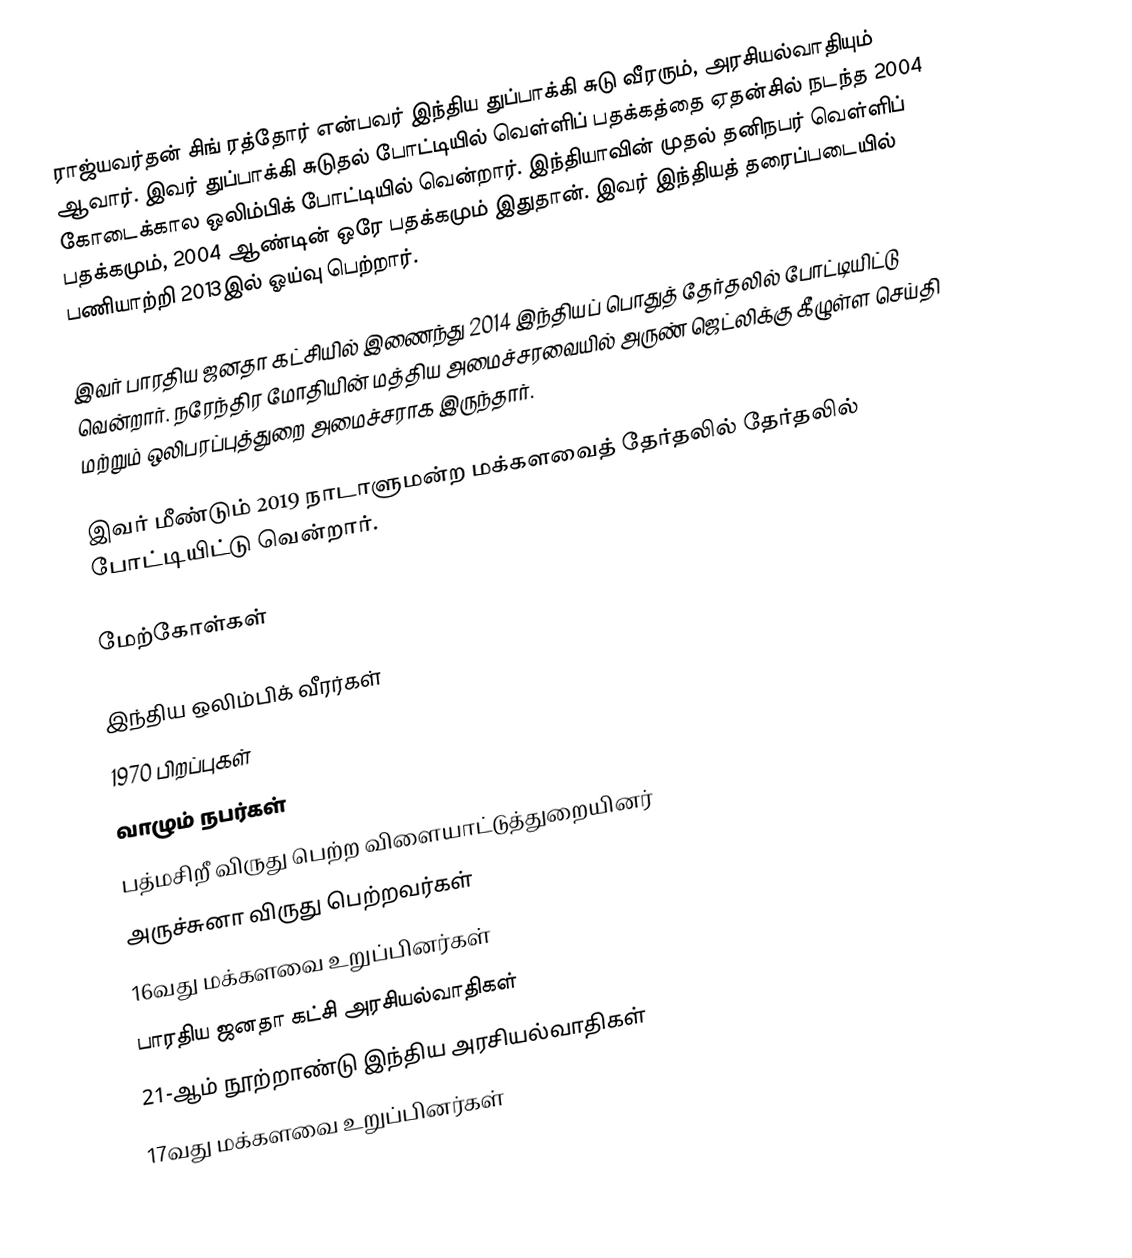
ராஜ்யவர்தன் சிங் ரத்தோர் என்பவர் இந்திய துப்பாக்கி சுடு வீரரும், அரசியல்வாதியும் ஆவார். இவர் துப்பாக்கி சுடுதல் போட்டியில் வெள்ளிப் பதக்கத்தை ஏதன்சில் நடந்த 2004 கோடைக்கால ஒலிம்பிக் போட்டியில் வென்றார். இந்தியாவின் முதல் தனிநபர் வெள்ளிப் பதக்கமும், 2004 ஆண்டின் ஒரே பதக்கமும் இதுதான். இவர் இந்தியத் தரைப்படையில் பணியாற்றி 2013இல் ஓய்வு பெற்றார்.

இவர் பாரதிய ஜனதா கட்சியில் இணைந்து 2014 இந்தியப் பொதுத் தேர்தலில் போட்டியிட்டு வென்றார். நரேந்திர மோதியின் மத்திய அமைச்சரவையில் அருண் ஜெட்லிக்கு கீழுள்ள செய்தி மற்றும் ஒலிபரப்புத்துறை அமைச்சராக இருந்தார்.

இவர் மீண்டும் 2019 நாடாளுமன்ற மக்களவைத் தேர்தலில் தேர்தலில் போட்டியிட்டு வென்றார்.

மேற்கோள்கள்

இந்திய ஒலிம்பிக் வீரர்கள்
1970 பிறப்புகள்
வாழும் நபர்கள்
பத்மசிறீ விருது பெற்ற விளையாட்டுத்துறையினர்
அருச்சுனா விருது பெற்றவர்கள்
16வது மக்களவை உறுப்பினர்கள்
பாரதிய ஜனதா கட்சி அரசியல்வாதிகள்
21-ஆம் நூற்றாண்டு இந்திய அரசியல்வாதிகள்
17வது மக்களவை உறுப்பினர்கள்